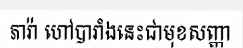
ភារ៉ា ហៅបារាំងនេះជាមុខសញ្ញា